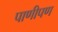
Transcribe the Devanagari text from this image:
पाणीपण